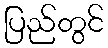
ပြည်တွင်